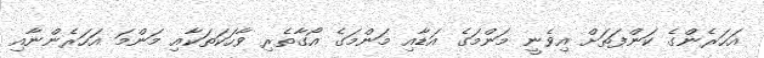
އަހަރެންގެ ކަންފަތަށް އިވެނީ މަންމަގެ އަޑާއި މަންމަގެ އޯގާތެރި ވާހަކަތަކާއި މަންމަ އަހަރެންނާއި